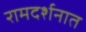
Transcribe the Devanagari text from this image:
रामदर्शनात